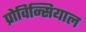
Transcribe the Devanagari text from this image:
प्रोविन्सियाल